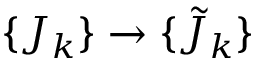
\{ J _ { k } \} \to \{ { \tilde { J } } _ { k } \}